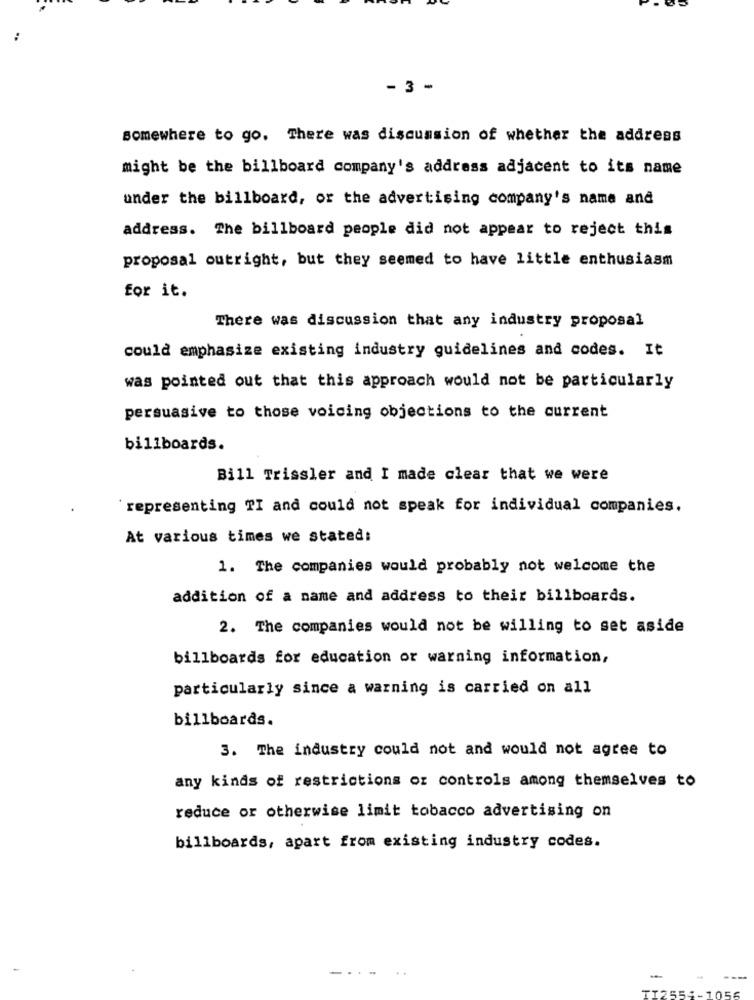
- 3 -
somewhere to go. There was discussion of whether the address
might be the billboard company's address adjacent to its name
under the billboard, or the advertising company's name and
address. The billboard people did not appear to reject this
proposal outright, but they seemed to have little enthusiasm
for it.
There was discussion that any industry proposal
could emphasize existing industry guidelines and codes. It
was pointed out that this approach would not be particularly
persuasive to those voicing objections to the current
billboards.
Bill Trissler and I made clear that we were
`representing TI and could not speak for individual companies.
At various times we stated:
1. The companies would probably not welcome the
addition of a name and address to their billboards.
2. The companies would not be willing to set aside
billboards for education or warning information,
particularly since a warning is carried on all
billboards.
3. The industry could not and would not agree to
any kinds of restrictions or controls among themselves to
reduce or otherwise limit tobacco advertising on
billboards, apart from existing industry codes.
-.
-